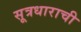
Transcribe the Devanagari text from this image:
सूत्रधाराची